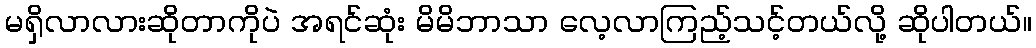
မရှိလာလားဆိုတာကိုပဲ အရင်ဆုံး မိမိဘာသာ လေ့လာကြည့်သင့်တယ်လို့ ဆိုပါတယ်။